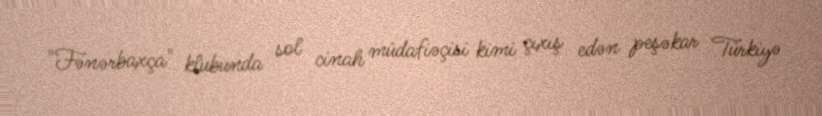
"Fənərbaxça" klubunda sol cinah müdafiəçisi kimi çıxış edən peşəkar Türkiyə